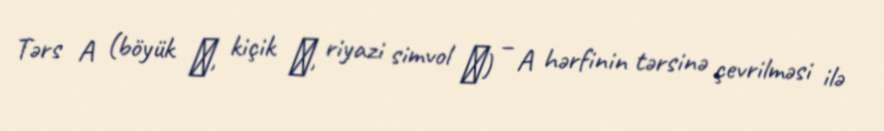
Tərs A (böyük Ɐ, kiçik ɐ, riyazi simvol ∀) – A hərfinin tərsinə çevrilməsi ilə